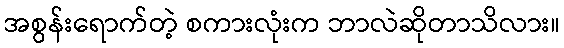
အစွန်းရောက်တဲ့ စကားလုံးက ဘာလဲဆိုတာသိလား။